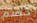
خضم